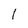
Character: I